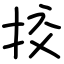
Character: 挍